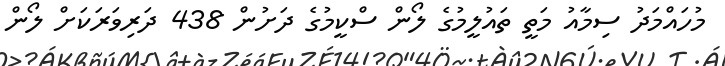
މުހައްމަދު ސިމާއު މަތީ ތައުލީމުގެ ލޯން ސްކީމުގެ ދަށުން 438 ދަރިވަރަކަށް ލޯން